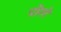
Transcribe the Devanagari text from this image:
पोरगे